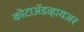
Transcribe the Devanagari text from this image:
कोटाॲडव्हायजर